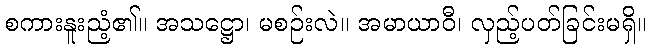
စကားနူးညံ့၏။ အသဋ္ဌော၊ မစဉ်းလဲ။ အမာယာဝီ၊ လှည့်ပတ်ခြင်းမရှိ။